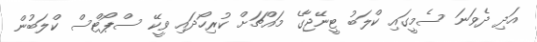
އަދި ދެވަނަ ސެމީގައި ކްލަބު ޓީނޭޖާގެ މައްޗަށް ކުރިހޯދައި ވީކޭ ސްޕޯޓްސް ކްލަބުން